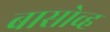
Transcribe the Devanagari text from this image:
बासोव्ह